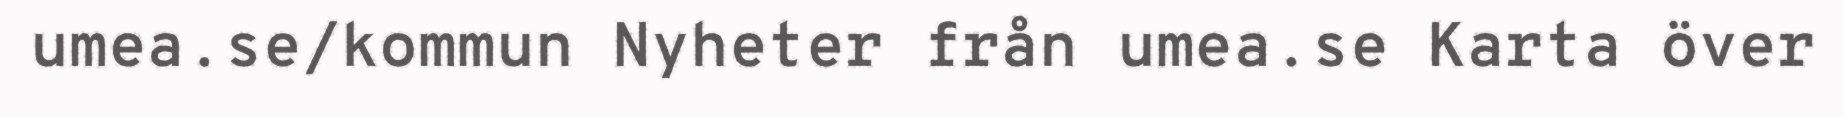
umea.se/kommun Nyheter från umea.se Karta över